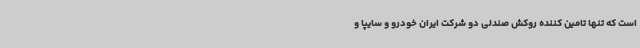
است که تنها تامین کننده روکش صندلی دو شرکت ایران خودرو و سایپا و